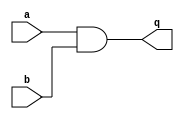
// This program was cloned from: https://github.com/milind7777/VerilogDocGen
// License: MIT License

module circuit1 (
  input a,
  input b,
  output q

);

  assign q = a&b;

endmodule